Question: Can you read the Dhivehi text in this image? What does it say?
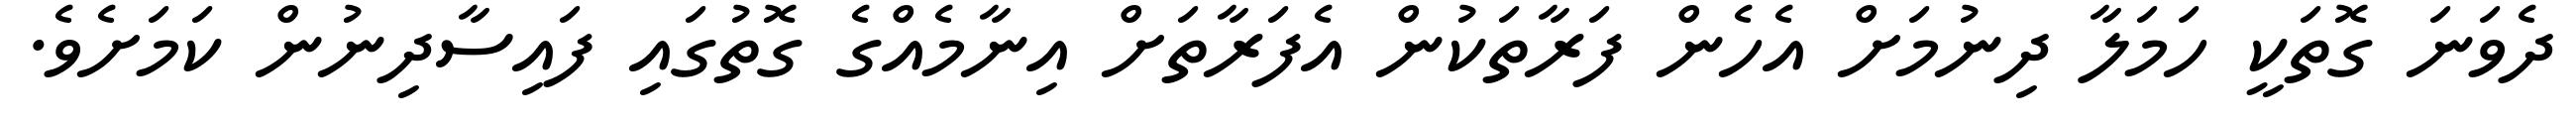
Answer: ދެވަނަ ގޮތަކީ ހަމަލާ ދިނުމަށް އެހެން ފަރާތަކުން އެފަރާތަށް އިނާމެއްގެ ގޮތުގައި ފައިސާދިނުން ކަމަށެވެ.